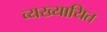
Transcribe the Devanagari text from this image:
व्यख्यायित